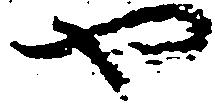
や